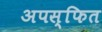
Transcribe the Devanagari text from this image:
अपस्फित